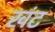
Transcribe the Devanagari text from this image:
खंट